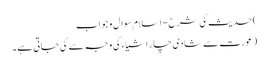
)حدیث کی شرح - اسلام سوال و جواب
(عورت سے شادی چار اشیاء کی وجہ سے کی جاتی ہے۔